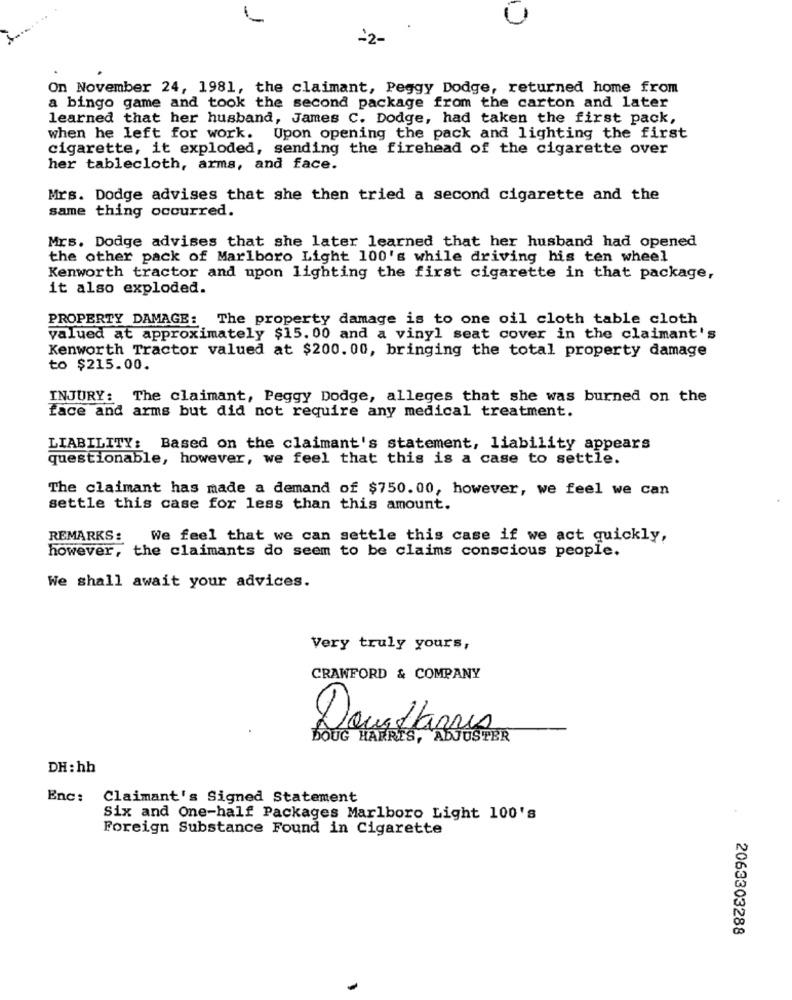
22-
On November 24, 1981, the claimant, Peggy Dodge, returned home from
a bingo game and took the second package from the carton and later
learned that her husband, James C. Dodge, had taken the first pack,
when he left for work. Upon opening the pack and lighting the first
cigarette, it exploded, sending the firehead of the cigarette over
her tablecloth, arms, and face.
Mrs. Dodge advises that she then tried a second cigarette and the
same thing occurred.
Mrs. Dodge advises that she later learned that her husband had opened
the other pack of Marlboro Light 100's while driving his ten wheel
Kenworth tractor and upon lighting the first cigarette in that package,
it also exploded.
PROPERTY DAMAGE: The property damage is to one oil cloth table cloth
valued at approximately $15. 00 and a vinyl seat cover in the claimant's
Kenworth Tractor valued at $200. 00, bringing the total property damage
to $215.00.
INJURY: The claimant, Peggy Dodge, alleges that she was burned on the
face and arms but did not require any medical treatment.
LIABILITY: Based on the claimant's statement, liability appears
questionable, however, we feel that this is a case to settle.
The claimant has made a demand of $750.00, however, we feel we can
settle this case for less than this amount.
REMARKS:
We feel that we can settle this case if we act quickly,
however, the claimants do seem to be claims conscious people.
We shall await your advices.
Very truly yours,
CRAWFORD & COMPANY
Docttarres
DOUG HARRIS, ADJUSTER
DH: hh
Enc: Claimant's Signed Statement
Six and One-half Packages Marlboro Light 100's
Foreign Substance Found in Cigarette
2063303288